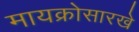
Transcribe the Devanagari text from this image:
मायक्रोसारखे